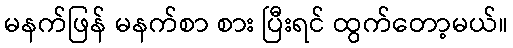
မနက်ဖြန် မနက်စာ စား ပြီးရင် ထွက်တော့မယ်။